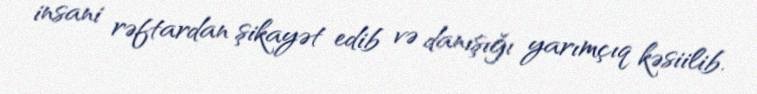
insani rəftardan şikayət edib və danışığı yarımçıq kəsiilib.